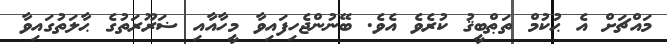
މައްޗަށް އެ ޙުކުމް ތަޠްބީޤު ކުރެވެ އެވެ. ބޭނުންޖެހިފައިވާ މީހާއާއި ޟަރޫރަތުގެ ޙާލަތުގައިވާ